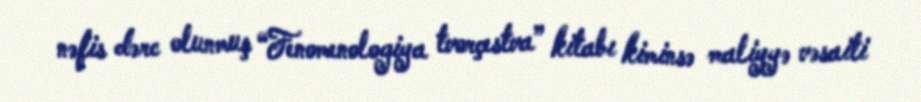
nəfis dərc olunmuş “Fenomenologiya tvorçestva” kitabı kiminsə maliyyə vəsaiti